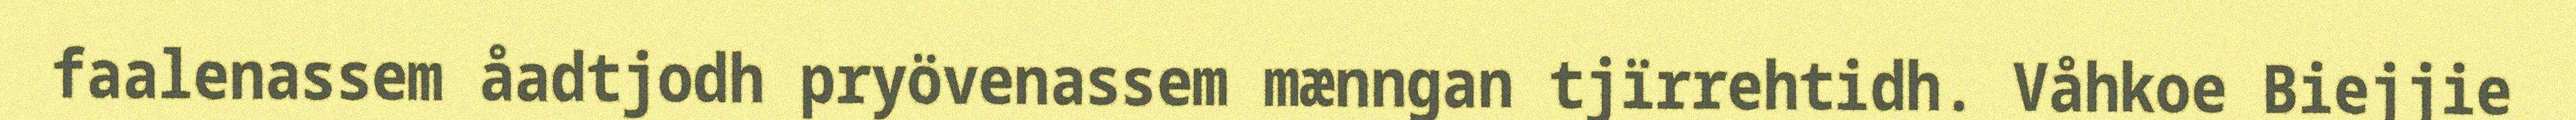
faalenassem åadtjodh pryövenassem mænngan tjïrrehtidh. Våhkoe Biejjie